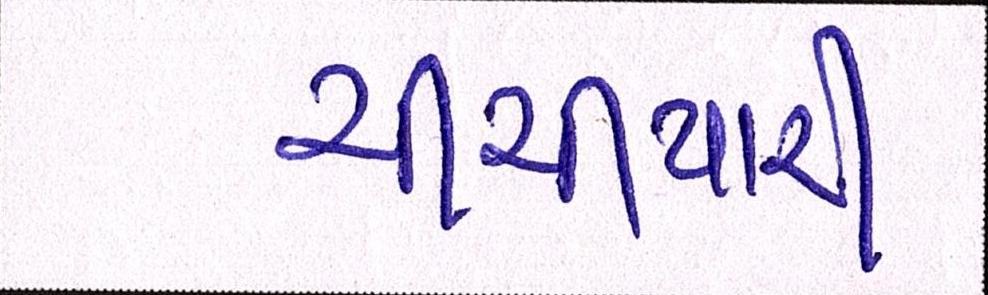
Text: ચીચીયારી